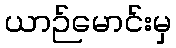
ယာဉ်မောင်းမှ